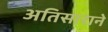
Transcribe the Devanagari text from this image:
अतिसाराने